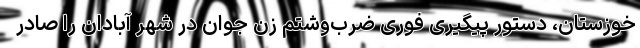
خوزستان‌، دستور پیگیری‌ فوری ‌ضرب‌وشتم زن جوان در ‌شهر آبادان را صادر